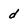
Character: d